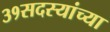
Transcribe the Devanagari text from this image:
३१सदस्यांच्या